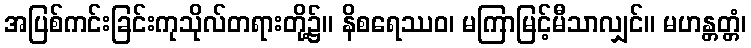
အပြစ်ကင်းခြင်းကုသိုလ်တရားတို့၌။ နိစရေဿဝ၊ မကြာမြင့်မီသာလျှင်။ မဟန္တတ္တံ၊